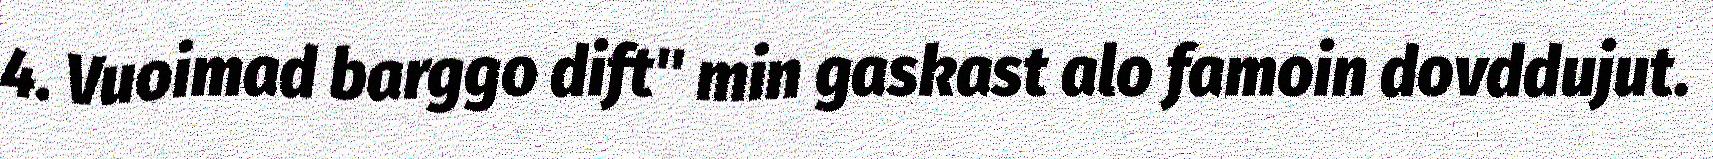
4. Vuoimad barggo dift" min gaskast alo famoin dovddujut.